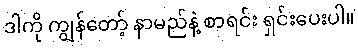
ဒါကို ကျွန်တော့် နာမည်နဲ့ စာရင်း ရှင်းပေးပါ။